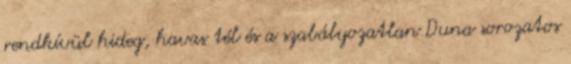
rendkívül hideg, havas tél és a szabályozatlan Duna sorozatos